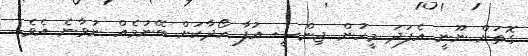
ގޮތަށް ނޫނީ އެފަދަ މީހުން ޖިންސީ އުފާ ހޯދާކަށް ބޭނުމެއް ނުވާނެ އެވެ.